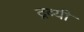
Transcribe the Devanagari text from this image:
द्रव्यी